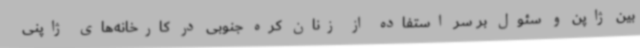
بین ژاپن و سئول بر سر استفاده از زنان کره جنوبی در کارخانه‌های ژاپنی